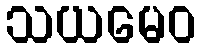
သယမေဝ